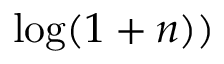
\log ( 1 + n ) )